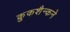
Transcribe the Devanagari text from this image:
क्रुकशैन्कने